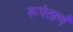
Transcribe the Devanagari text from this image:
रूपंतार्ण